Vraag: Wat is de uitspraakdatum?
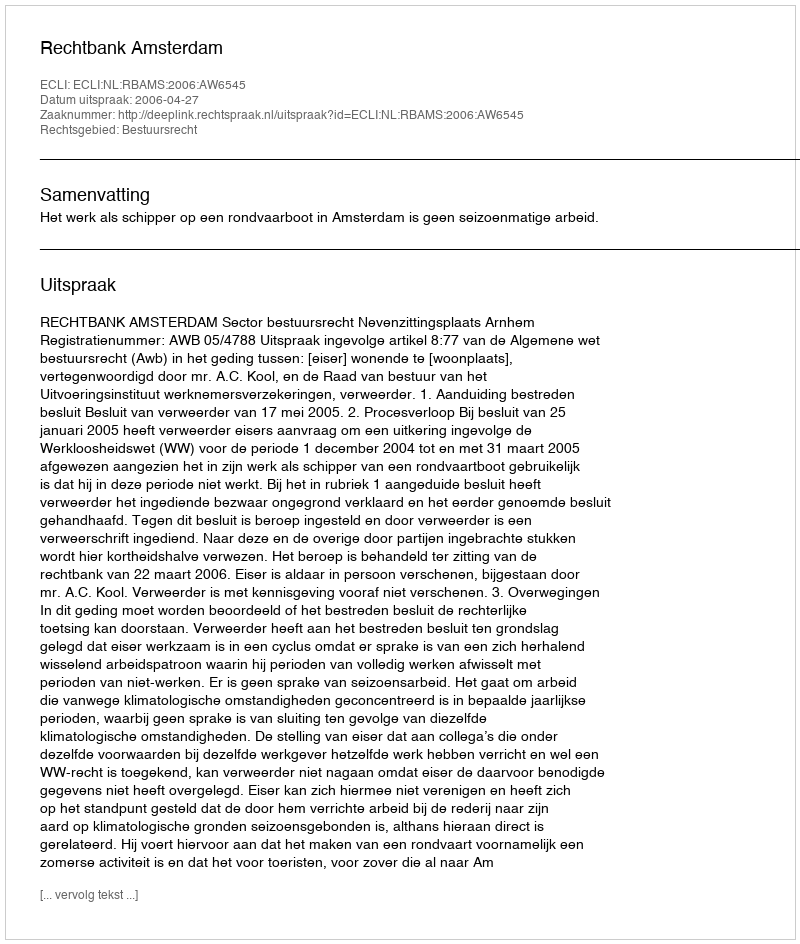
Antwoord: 2006-04-27